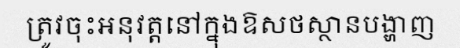
ត្រូវចុះអនុវត្តនៅក្នុងឱសថស្ថានបង្ហាញ